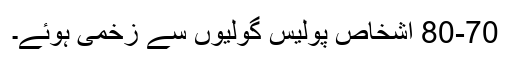
80-70 اشخاص پولیس گولیوں سے زخمی ہوئے۔